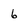
Character: 6